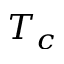
T _ { c }